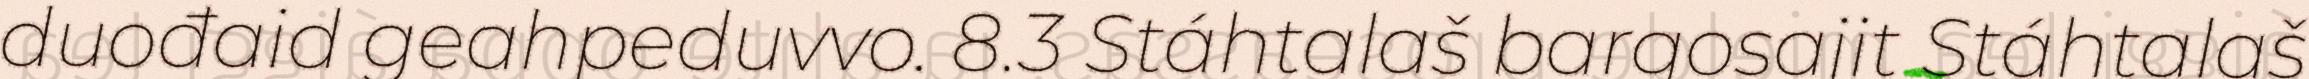
duođaid geahpeduvvo. 8.3 Stáhtalaš bargosajit Stáhtalaš